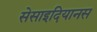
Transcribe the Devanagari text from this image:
सेसाइदियानस